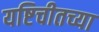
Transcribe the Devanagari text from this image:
यष्टिचीतच्या